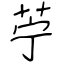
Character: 苧